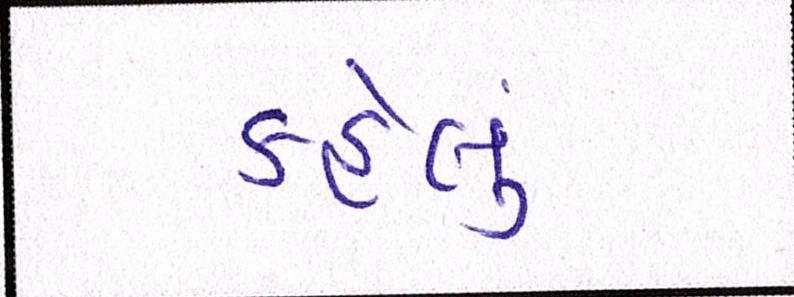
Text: કહેલું